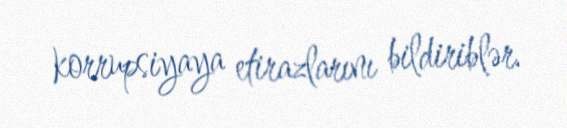
korrupsiyaya etirazlarını bildiriblər.